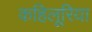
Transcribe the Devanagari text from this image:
कहिलूरिया